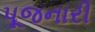
પૂજનારી